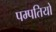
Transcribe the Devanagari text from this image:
पम्‍पतियो